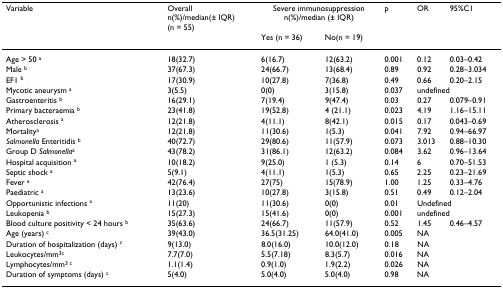
<table><thead><tr><td><b>Variable</b></td><td><b>Overalln(%)/median(± IQR)(n = 55)</b></td><td colspan="2"><b>Severe immunosuppressionn(%)/median (± IQR)</b></td><td><b>p</b></td><td><b>OR</b></td><td><b>95%C1</b></td></tr><tr><td></td><td></td><td><b>Yes (n = 36)</b></td><td><b>No(n = 19)</b></td><td></td><td></td><td></td></tr></thead><tbody><tr><td>Age &gt; 50 <sup>a</sup></td><td>18(32.7)</td><td>6(16.7)</td><td>12(63.2)</td><td>0.001</td><td>0.12</td><td>0.03–0.42</td></tr><tr><td>Male <sup>b</sup></td><td>37(67.3)</td><td>24(66.7)</td><td>13(68.4)</td><td>0.89</td><td>0.92</td><td>0.28–3.034</td></tr><tr><td>EF1 <sup>b</sup></td><td>17(30.9)</td><td>10(27.8)</td><td>7(36.8)</td><td>0.49</td><td>0.66</td><td>0.20–2.15</td></tr><tr><td>Mycotic aneurysm <sup>a</sup></td><td>3(5.5)</td><td>0(0)</td><td>3(15.8)</td><td>0.037</td><td colspan="2">undefined</td></tr><tr><td>Gastroenteritis <sup>b</sup></td><td>16(29.1)</td><td>7(19.4)</td><td>9(47.4)</td><td>0.03</td><td>0.27</td><td>0.079–0.91</td></tr><tr><td>Primary bacteraemia <sup>b</sup></td><td>23(41.8)</td><td>19(52.8)</td><td>4 (21.1)</td><td>0.023</td><td>4.19</td><td>1.16–15.11</td></tr><tr><td>Atherosclerosis <sup>a</sup></td><td>12(21.8)</td><td>4(11.1)</td><td>8(42.1)</td><td>0.015</td><td>0.17</td><td>0.043–0.69</td></tr><tr><td>Mortality<sup>a</sup></td><td>12(21.8)</td><td>11(30.6)</td><td>1(5.3)</td><td>0.041</td><td>7.92</td><td>0.94–66.97</td></tr><tr><td><i>Salmonella </i>Enteritidis <sup>b</sup></td><td>40(72.7)</td><td>29(80.6)</td><td>11(57.9)</td><td>0.073</td><td>3.013</td><td>0.88–10.30</td></tr><tr><td>Group D <i>Salmonella</i><sup>a</sup></td><td>43(78.2)</td><td>31(86.1)</td><td>12(63.2)</td><td>0.084</td><td>3.62</td><td>0.96–13.64</td></tr><tr><td>Hospital acquisition <sup>a</sup></td><td>10(18.2)</td><td>9(25.0)</td><td>1 (5.3)</td><td>0.14</td><td>6</td><td>0.70–51.53</td></tr><tr><td>Septic shock <sup>a</sup></td><td>5(9.1)</td><td>4(11.1)</td><td>1(5.3)</td><td>0.65</td><td>2.25</td><td>0.23–21.69</td></tr><tr><td>Fever <sup>a</sup></td><td>42(76.4)</td><td>27(75)</td><td>15(78.9)</td><td>1.00</td><td>1.25</td><td>0.33–4.76</td></tr><tr><td>Paediatric <sup>a</sup></td><td>13(23.6)</td><td>10(27.8)</td><td>3(15.8)</td><td>0.51</td><td>0.49</td><td>0.12–2.04</td></tr><tr><td>Opportunistic infections <sup>a</sup></td><td>11(20)</td><td>11(30.6)</td><td>0(0)</td><td>0.01</td><td colspan="2">Undefined</td></tr><tr><td>Leukopenia <sup>b</sup></td><td>15(27.3)</td><td>15(41.6)</td><td>0(0)</td><td>0.001</td><td colspan="2">undefined</td></tr><tr><td>Blood culture positivity &lt; 24 hours <sup>b</sup></td><td>35(63.6)</td><td>24(66.7)</td><td>11(57.9)</td><td>0.52</td><td>1.45</td><td>0.46–4.57</td></tr><tr><td>Age (years) <sup>c</sup></td><td>39(43.0)</td><td>36.5(31.25)</td><td>64.0(41.0)</td><td>0.005</td><td>NA</td><td></td></tr><tr><td>Duration of hospitalization (days) <sup>c</sup></td><td>9(13.0)</td><td>8.0(16.0)</td><td>10.0(12.0)</td><td>0.18</td><td>NA</td><td></td></tr><tr><td>Leukocytes/mm<sup>3</sup><sup>c</sup></td><td>7.7(7.0)</td><td>5.5(7.18)</td><td>8.3(5.7)</td><td>0.016</td><td>NA</td><td></td></tr><tr><td>Lymphocytes/mm<sup>3 </sup><sup>c</sup></td><td>1.1(1.4)</td><td>0.9(1.0)</td><td>1.9(2.2)</td><td>0.026</td><td>NA</td><td></td></tr><tr><td>Duration of symptoms (days) <sup>c</sup></td><td>5(4.0)</td><td>5.0(4.0)</td><td>5.0(4.0)</td><td>0.98</td><td>NA</td><td></td></tr></tbody></table>